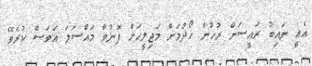
އެއީ ނައިބު ރައީސަށް ރުހުން ހޯދުމަށް މަޖިލީހަށް ފޮނުވާ މައްސަލަ އަވަސް ކުރެވޭ